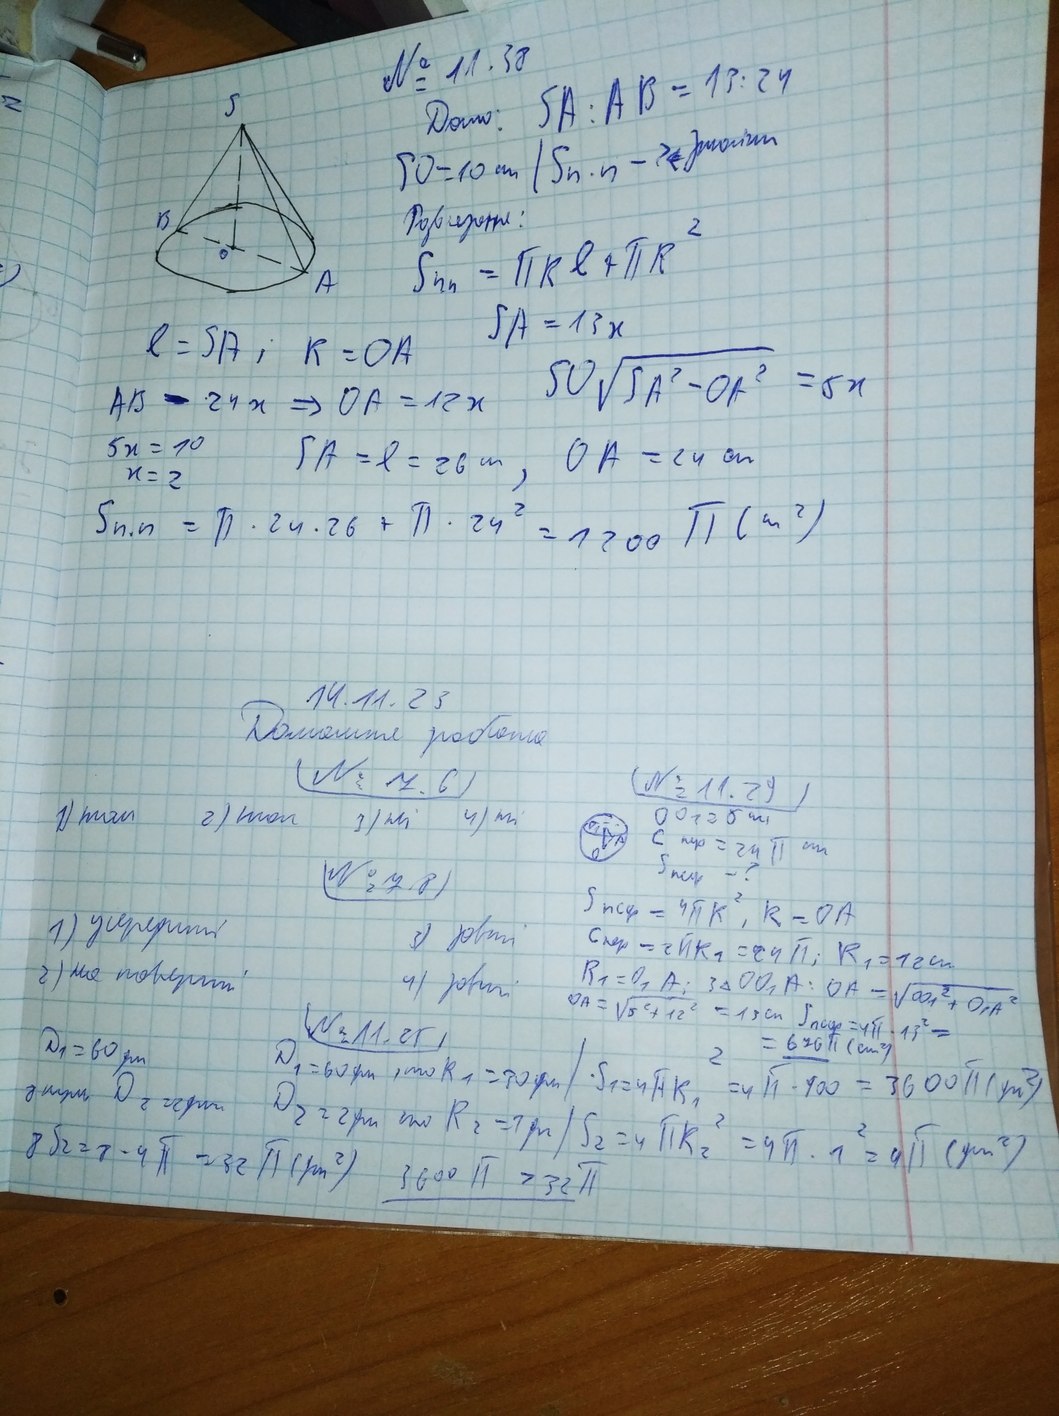
№ 11.38
Дано  SA:AB = 13:24
SO = 10см/Sn*n -?← знайти
Розв'язання:
Snn = πRl + πR^2
SA = 13x
l = SA ; R = OA
SO\sqrt{SA^2-OA^2}=5x
AB - 24x => OA = 12x
SA = l = 26 cm, OA = 24 cm
5x = 10
х = 2
Snn = π ⋅24 ⋅ 26 + π ⋅ 24^2 = 1200 π (см^2)
14.11.23
Домашня робота
№ 7.6
(№ 11.29)
1) так 2) так 3) ні 4) ні
ОО1 = 5 см
Cпер = 24 π см
S пед - ?
№ 7,8
S_{n сер \varphi} = 4 \pi R^2, R = OA
1) усередині
3) зовні
Спер = 2ЙR1 = 24π; R1 = 12 см
R1 = O1A; 3ΔOO1A:OA = √OO1^2+O1A^2
2) на поверхні
4) зовні
OA = \sqrt{5^2 + 12^2} = 13 см, \quad S_{\text{пов}} = 4\pi \cdot 13^2 =
№ 11.25
D1 = 60 μm
=676 π (см2)
D1 = 60 cpn, то R1 = 30 cpn/* S1 = 4πR1^2=4π*900=3600π (μn^2)
з цим D2 [illegible]
D2 = 2 cpn, то R2 = 1 cpn/ S2 = 4πR2^2=4π*1=4π (μn^2)
8 S_2 = 8 · 4 π = 32 π (μm^2)
3600 π> 32 π